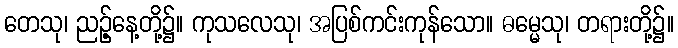
တေသု၊ ညဉ့်နေ့တို့၌။ ကုသလေသု၊ အပြစ်ကင်းကုန်သော။ ဓမ္မေသု၊ တရားတို့၌။